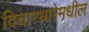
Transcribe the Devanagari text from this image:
विचारधारेमधील